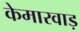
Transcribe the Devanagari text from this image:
केमारवाड़